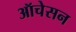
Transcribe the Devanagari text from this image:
ऑचेसन